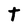
Character: t